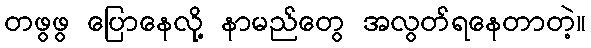
တဖွဖွ ပြောနေလို့ နာမည်တွေ အလွတ်ရနေတာတဲ့။